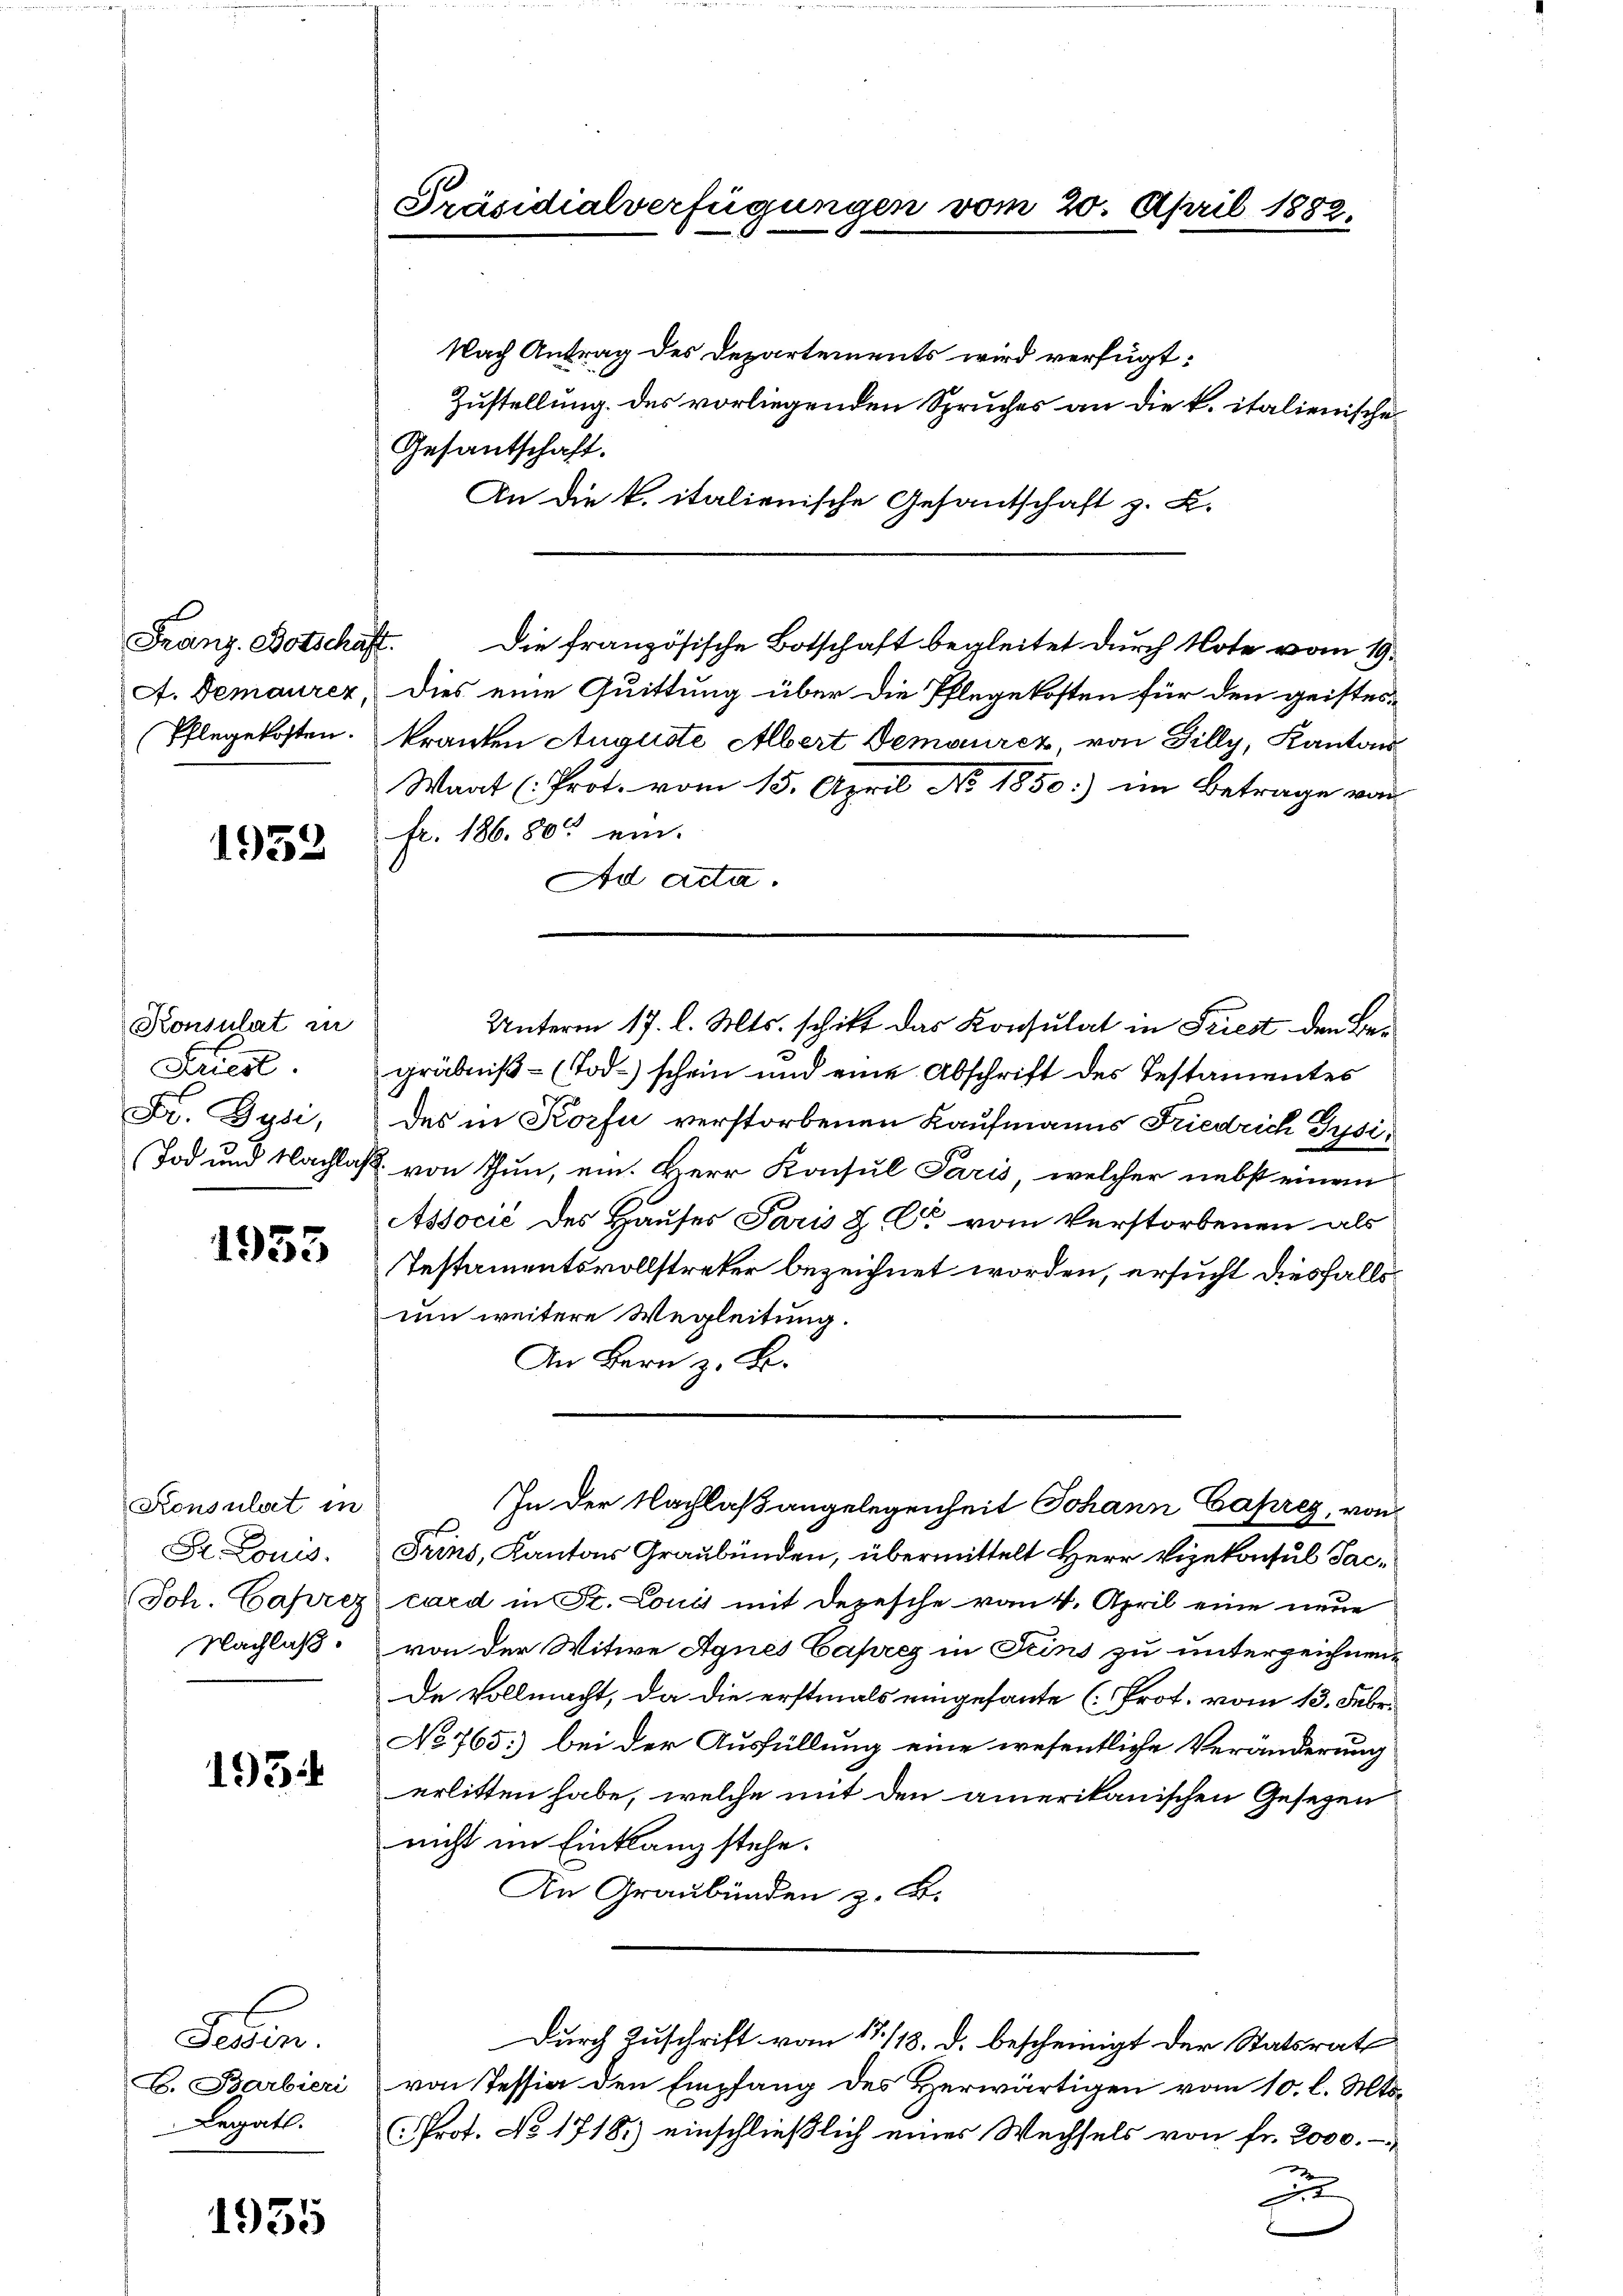
1953

Konsulat in
Laiest
L. Juli,

1953

Konsulat in
St. Louis.
Nachlaß.

1934

Seren.
C. Barbieri
Legat.

1935

Präsidialverfügungen vom 20. April 1882.

Nach Antrag des Departements wird verfügt:
Zustellung des vorliegenden Spruches an die k. italienische¬
Gesantschaft.
An die k. italienische Gesantschaft z. B.
Franz. Botschaft. Die französische Botschaft begleitet durch Note vom 19.
A. Demaurer, dies eine Quittung über die Pflegekosten für den geistes-
Pflegekosten. Kranken Auguste Albert Demoirez, von Filly, Kantons
Waat (Prot. vom 15. April No 1850:) im Betrage von
fr. 186. 80 ein.
Ad acta.
gräbniß - (Tod.) schein und eine Abschrift des Testamentes
des in Korfe verstorbenen Kaufmanns Friedrich Gysi¬
Tod und Nachlaß von Thun, ein. Herr Konsul Paris, welcher nebst einem
Associé des Hauses Paris H. C vom Verstorbenen als
Testamentsvollstreker bezeichnet worden, ersucht diesfallsum weitere Wegleitung.
An Bern z. B.
In der Nachlaßangelegenheit Johann Caprez, von
Frins, Kantons Graubünden, übermittelt Herr Vizekonsul Sac¬
Joh. Caprez card in St. Louis mit Depesche vom 4. April eine neue
von der Witwe Agnes Caprez in Seins zu unterzeichnende Vollmacht, da die erstmals eingesante (Prot. vom 13. Febr.
No 765. bei der Ausfüllung eine wesentliche Veränderung
erlitten habe, welche mit den amerikanischen Gesezen
nicht im Einklang stehe.
An Graubünden z. B.
Durch Zuschrift vom 17./18. d. bescheinigt der Statsrat
von Tessia den Empfang des Herwärtigen vom 10. l. Mts.
Prot. No 1718.) einschließlich eines Wechsels von fr. 2000.
e
2

Unterm 17. l. Mts. schikt das Konsulat in Friest den Be¬